Loodushoiu_ja_Turismi_Instituut, lk 443
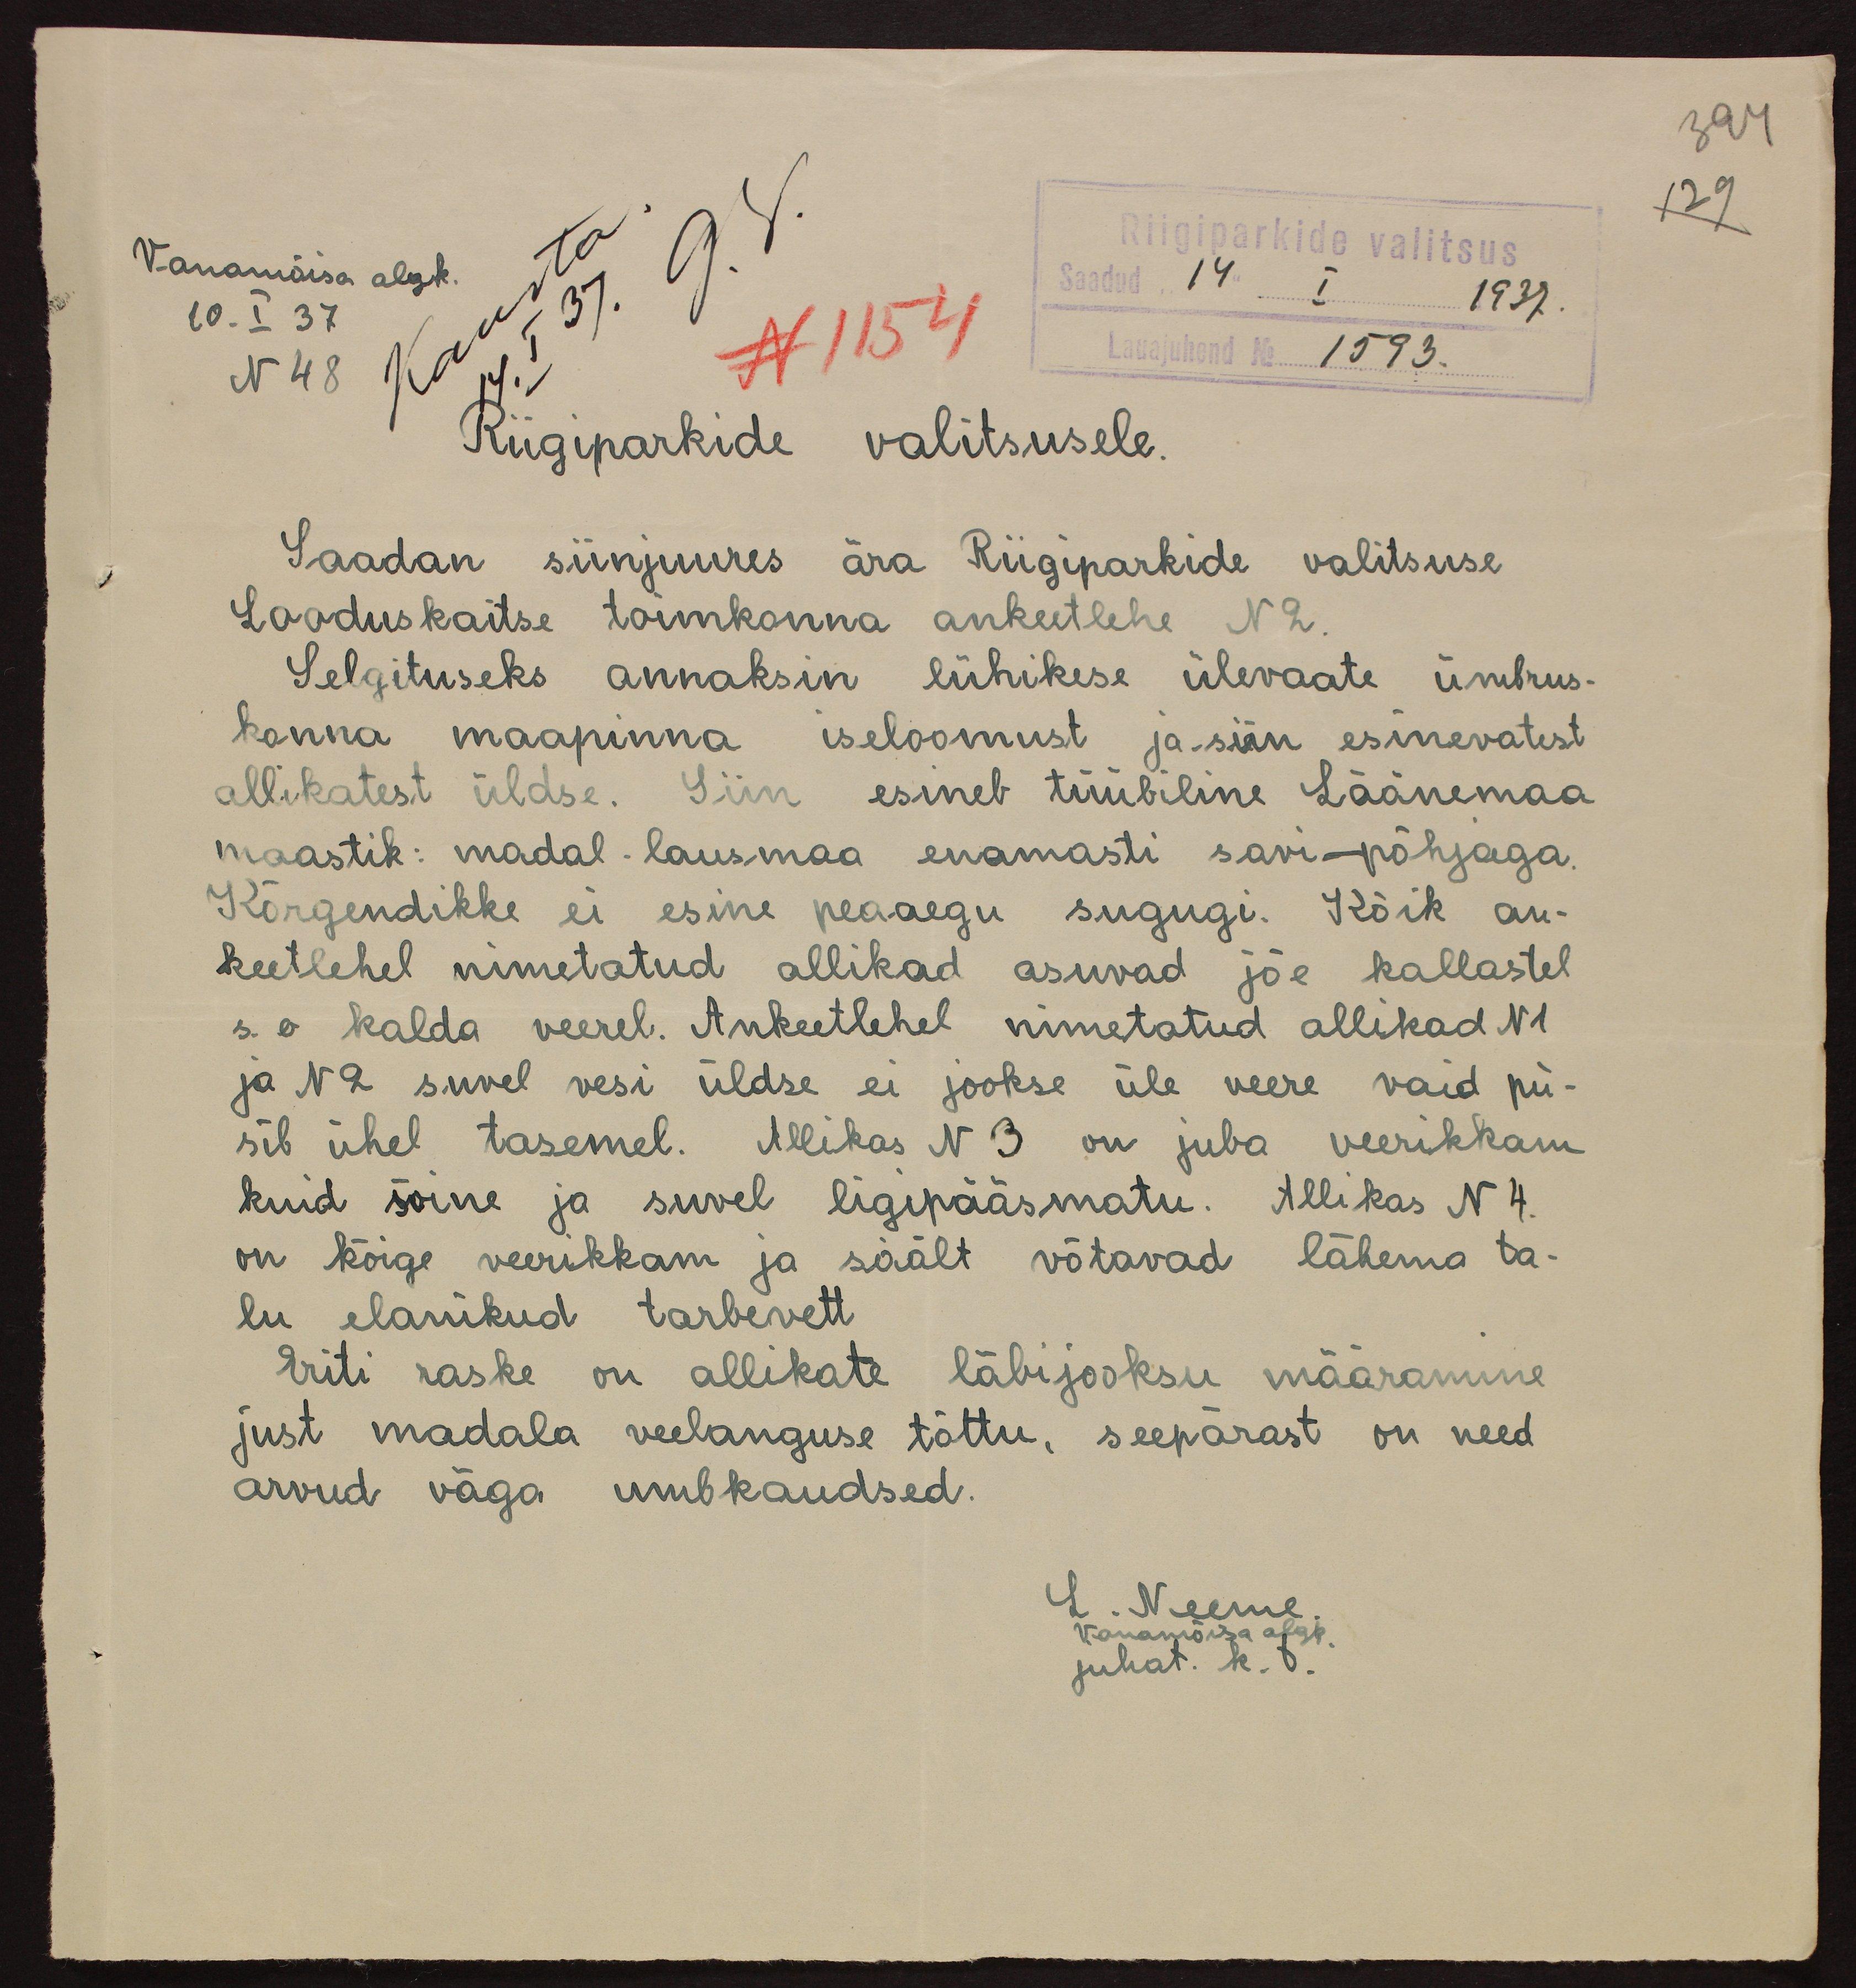
394
129

Vanamõisa algk.
Riigiparkide valitsus
10. I 37
Saadud 14" I 1937.
N 48
N 1154
Lauajuhend No 1593.
Riigiparkide valitsusele.
Saadan siinjuures ära Riigiparkide valitsuse
Looduskaitse toimkonna ankeetlehe N 2.
Selgituseks annaksin lühikese ülevaate ümbrus-
konna maapinna iseloomust ja siin esinevatest
allikatest üldse. Siin esineb tüübiline Läänemaa
maastik: madal lausmaa enamasti savi põhjaga.
Kõrgendikke ei esine peaaegu sugugi. Kõik an-
keetlehel nimetatud allikad asuvad jõe kallastel
s.o kalda veerel. Ankeetlehel nimetatud allikad N 1
ja N 2 suvel vesi üldse ei jookse üle veere vaid pü-
sib ühel tasemel. Allikas N 3 on juba veerikkam
kuid soine ja suvel ligipääsmatu. Allikas N 4
on kõige veerikkam ja säält võtavad lähema ta-
lu elanikud tarbevett
Eriti raske on allikate läbijooksu määramine
just madala veelanguse tõttu, seepärast on need
arvud väga umbkaudsed.
L. Neeme.
Vanamõisa algk.
juhat. k. t.